Problem: 5 × 6 = ?
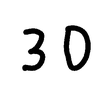
Handwritten answer: 30